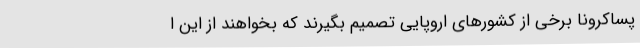
پساکرونا برخی از کشورهای اروپایی تصمیم بگیرند که بخواهند از این ا